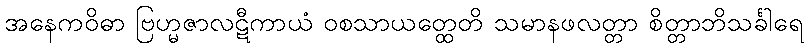
အနေကဝိဓာ ဗြဟ္မဇာလဋီကာယံ ဝစသာယတ္ထေတိ သမာနဖလတ္တာ စိတ္တာဘိသင်္ခါရေ